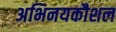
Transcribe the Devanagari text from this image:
अभिनयकौशल